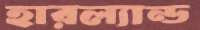
হারল্যান্ড